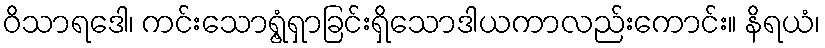
ဝိသာရဒေါ၊ ကင်းသောရွံ့ရှာခြင်းရှိသောဒါယကာလည်းကောင်း။ နိရယံ၊